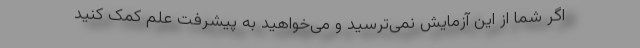
اگر شما از این آزمایش نمی‌ترسید و می‌خواهید به پیشرفت علم کمک کنید